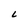
Character: L